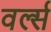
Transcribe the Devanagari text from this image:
वर्ल्स